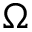
\Omega